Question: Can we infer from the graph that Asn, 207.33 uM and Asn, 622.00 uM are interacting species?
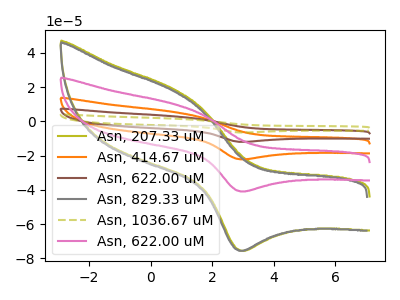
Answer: <think>The olive curve "Asn, 207.33 uM" has an anodic peak at (0.80V, 18.50uA) and a cathodic peak at (3.00V, -75.55uA). The orange curve "Asn, 414.67 uM" has an anodic peak at (0.80V, 20.05uA) and a cathodic peak at (3.00V, -81.85uA). The brown curve "Asn, 622.00 uM" has an anodic peak at (0.80V, 30.05uA) and a cathodic peak at (3.00V, -122.75uA). The gray curve "Asn, 829.33 uM" has an anodic peak at (0.75V, 17.75uA) and a cathodic peak at (2.95V, -75.55uA). The olive dashed curve "Asn, 1036.67 uM" has an anodic peak at (0.80V, 40.05uA) and a cathodic peak at (3.00V, -163.65uA). The pink curve "Asn, 622.00 uM" has an anodic peak at (0.80V, 10.00uA) and a cathodic peak at (3.00V, -40.90uA).
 All the peaks in "Asn, 207.33 uM" have a peak in "Asn, 622.00 uM" at the same potential. Every peak in "Asn, 207.33 uM" is higher than every peak in "Asn, 622.00 uM".</think>
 <answer>No, "Asn, 207.33 uM" and "Asn, 622.00 uM" don't appear to be significantly different in shape</answer>
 <eval>no_change</eval>